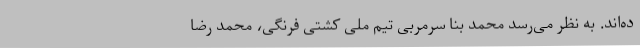
ده‌اند. به نظر می‌رسد محمد بنا سرمربی تیم ملی کشتی فرنگی، محمد رضا